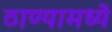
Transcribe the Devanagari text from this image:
ठाण्यामध्ये